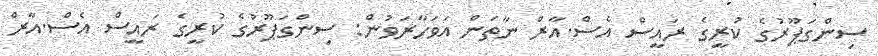
ސިންގަޕޫރުގެ ކުރީގެ ރައީސް އެސް.އާރް ނާތަން އަވަހާރަވުން: ސިންގަޕޫރުގެ ކުރީގެ ރައީސް އެސް.އާރް